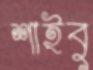
শাইবু